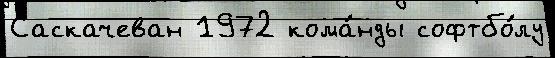
Саскачеван 1972 кома́нды софтбо́лу